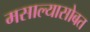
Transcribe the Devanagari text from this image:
मसाल्यासोबत